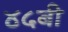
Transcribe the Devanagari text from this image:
४५बी